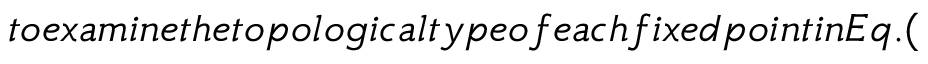
t o e x a m i n e t h e t o p o l o g i c a l t y p e o f e a c h f i x e d p o i n t i n E q . (